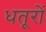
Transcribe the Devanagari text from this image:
धतूरों